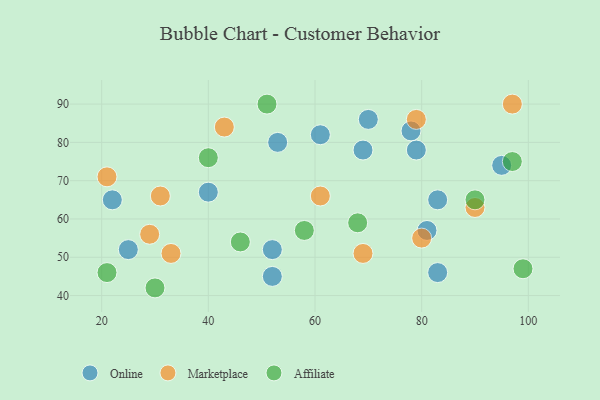
{"axis": {"x": "GDP", "y": "Life Expectancy"}, "legend": ["Affiliate", "Marketplace", "Online"], "data": [{"x": "25", "y": 52, "type": "Online"}, {"x": "81", "y": 57, "type": "Online"}, {"x": "79", "y": 78, "type": "Online"}, {"x": "78", "y": 83, "type": "Online"}, {"x": "22", "y": 65, "type": "Online"}, {"x": "70", "y": 86, "type": "Online"}, {"x": "53", "y": 80, "type": "Online"}, {"x": "83", "y": 65, "type": "Online"}, {"x": "95", "y": 74, "type": "Online"}, {"x": "52", "y": 45, "type": "Online"}, {"x": "69", "y": 78, "type": "Online"}, {"x": "83", "y": 46, "type": "Online"}, {"x": "52", "y": 52, "type": "Online"}, {"x": "61", "y": 82, "type": "Online"}, {"x": "40", "y": 67, "type": "Online"}, {"x": "21", "y": 71, "type": "Marketplace"}, {"x": "80", "y": 55, "type": "Marketplace"}, {"x": "97", "y": 90, "type": "Marketplace"}, {"x": "31", "y": 66, "type": "Marketplace"}, {"x": "69", "y": 51, "type": "Marketplace"}, {"x": "90", "y": 63, "type": "Marketplace"}, {"x": "79", "y": 86, "type": "Marketplace"}, {"x": "33", "y": 51, "type": "Marketplace"}, {"x": "43", "y": 84, "type": "Marketplace"}, {"x": "61", "y": 66, "type": "Marketplace"}, {"x": "29", "y": 56, "type": "Marketplace"}, {"x": "40", "y": 76, "type": "Affiliate"}, {"x": "30", "y": 42, "type": "Affiliate"}, {"x": "90", "y": 65, "type": "Affiliate"}, {"x": "97", "y": 75, "type": "Affiliate"}, {"x": "46", "y": 54, "type": "Affiliate"}, {"x": "58", "y": 57, "type": "Affiliate"}, {"x": "68", "y": 59, "type": "Affiliate"}, {"x": "99", "y": 47, "type": "Affiliate"}, {"x": "21", "y": 46, "type": "Affiliate"}, {"x": "51", "y": 90, "type": "Affiliate"}]}